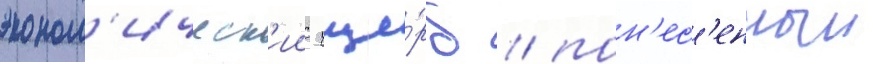
эконом'ическ'ии уще́рб / пон'ес'енныи